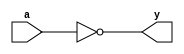

module _inv(a, y);
	input a;
	output y;
	assign y = ~a;
endmodule
module _inv64(a, y);
	input [63:0] a;
	output [63:0] y;
	assign y = ~a;
endmodule

module _and2(a, b, y);
	input a, b;
	output y;
	assign y = a & b;
endmodule

module _and3(a, b, c, y);
	input a, b, c;
	output y;
	assign y = a & b & c;
endmodule

module _and4(a, b, c, d, y);
	input a, b, c, d;
	output y;
	assign y = a & b & c & d;
endmodule

module _and5(a, b, c, d, e, y);
	input a, b, c, d, e;
	output y;
	assign y = a & b & c & d & e;
endmodule

module _or2(a, b, y);
	input a, b;
	output y;
	assign y = a | b;
endmodule

module _or3(a, b, c, y);
	input a, b, c;
	output y;
	assign y = a | b | c;
endmodule

module _or4(a, b, c, d, y);
	input a, b, c, d;
	output y;
	assign y = a | b | c | d;
endmodule

module _or5(a, b, c, d, e, y);
	input a, b, c, d, e;
	output y;
	assign y = a | b | c | d | e;
endmodule

module _nand2(a, b, y);
	input a, b;
	output y;
	assign y = ~(a & b);
endmodule

module _xor2(a, b, y);
	input a, b;
	output y;
	assign y = a ^ b;
endmodule

module _xor3(a, b, c, y);
	input a, b, c;
	output y;
	assign y = a ^ b ^ c;
endmodule

module _inv_4bits(a, y);
	input [3:0] a;
	output[3:0] y;
	assign y = ~a;
endmodule

module _and2_4bits(a, b, y);
	input [3:0] a, b;
	output[3:0] y;
	assign y = a & b;
endmodule

module _or2_4bits(a, b, y);
	input [3:0] a, b;
	output[3:0] y;
	assign y = a | b;
endmodule

module _xor2_4bits(a, b, y);
	input [3:0] a, b;
	output [3:0] y;
	_xor2 xor1(.a(a[0]), .b(b[0]), .y(y[0]));
	_xor2 xor2(.a(a[1]), .b(b[1]), .y(y[1]));
	_xor2 xor3(.a(a[2]), .b(b[2]), .y(y[2]));
	_xor2 xor4(.a(a[3]), .b(b[3]), .y(y[3]));
endmodule

module _xor3_4bits(a, b, c, y);
	input [3:0] a, b, c;
	output [3:0] y;
	
	assign y = a ^ b ^ c;
endmodule

module _xnor2_4bits(a,b,y);
	input [3:0] a,b;
	output [3:0] y;
	wire [3:0] w;
	_xor2_4bits xor2_4b(.a(a), .b(b), .y(w));
	_inv_4bits inv_4b(.a(w), .y(y));
endmodule

//32 bit operation
module _inv_32bits(a, y);
	input [31:0] a;
	output [31:0] y;
	assign y = ~a;
endmodule

module _and2_32bits(a, b, y);
	input [31:0] a, b;
	output [31:0] y;
	assign y = a & b;
endmodule

module _or2_32bits(a, b, y);
	input [31:0] a, b;
	output [31:0] y;
	assign y = a | b;
endmodule

module _xor2_32bits(a, b, y);
	input [31:0] a, b;
	output [31:0] y;
	_xor2_4bits xor1(.a(a[3:0]), .b(b[3:0]), .y(y[3:0]));
	_xor2_4bits xor2(.a(a[7:4]), .b(b[7:4]), .y(y[7:4]));
	_xor2_4bits xor3(.a(a[11:8]), .b(b[11:8]), .y(y[11:8]));
	_xor2_4bits xor4(.a(a[15:12]), .b(b[15:12]), .y(y[15:12]));
	_xor2_4bits xor5(.a(a[19:16]), .b(b[19:16]), .y(y[19:16]));
	_xor2_4bits xor6(.a(a[23:20]), .b(b[23:20]), .y(y[23:20]));
	_xor2_4bits xor7(.a(a[27:24]), .b(b[27:24]), .y(y[27:24]));
	_xor2_4bits xor8(.a(a[31:28]), .b(b[31:28]), .y(y[31:28]));	
endmodule

module _xnor2_32bits(a, b, y);
	input [31:0] a, b;
	output [31:0] y;
	wire [31:0] w;
	_xor2_32bits XOR1(.a(a), .b(b), .y(w));
	_inv_32bits INV(.a(w), .y(y));
endmodule

//64 bit operation
module _inv_64bits(a, y);
	input [63:0] a;
	output [63:0] y;
	assign y = ~a;
endmodule